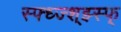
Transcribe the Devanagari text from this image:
स्फ्ध्ज्श्झ्स्फ्